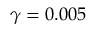
\gamma = 0 . 0 0 5